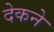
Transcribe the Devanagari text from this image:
देकने